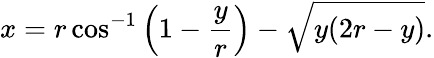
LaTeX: x=r\cos^{-1}\left(1-{\frac{y}{r}}\right)-{\sqrt{y(2r-y)}}.